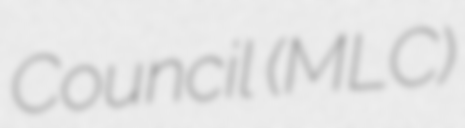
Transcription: Council (MLC)